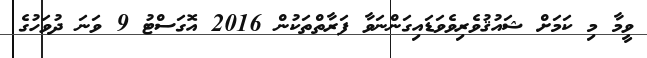
ވީމާ މި ކަމަށް ޝައުޤުވެރިވެވަޑައިގަންނަވާ ފަރާތްތަކުން 2016 އޮގަސްޓު 9 ވަނަ ދުވަހުގެ